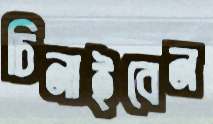
চিনাইবেন